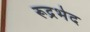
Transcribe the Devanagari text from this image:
रूद्रभेद